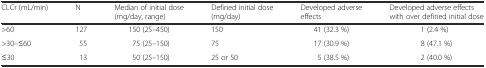
<table><thead><tr><td><b>CLCr (mL/min)</b></td><td><b>N</b></td><td><b>Median of initial dose (mg/day, range)</b></td><td><b>Defined initial dose (mg/day)</b></td><td><b>Developed adverse effects</b></td><td><b>Developed adverse effects with over defined initial dose</b></td></tr></thead><tbody><tr><td>&gt;60</td><td>127</td><td>150 (25–450)</td><td>150</td><td>41 (32.3 %)</td><td>1 (2.4 %)</td></tr><tr><td>&gt;30–≤60</td><td>55</td><td>75 (25–150)</td><td>75</td><td>17 (30.9 %)</td><td>8 (47.1 %)</td></tr><tr><td>≤30</td><td>13</td><td>50 (25–150)</td><td>25 or 50</td><td>5 (38.5 %)</td><td>2 (40.0 %)</td></tr></tbody></table>